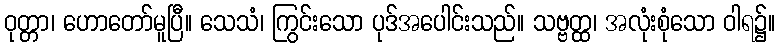
ဝုတ္တာ၊ ဟောတော်မူပြီ။ သေသံ၊ ကြွင်းသော ပုဒ်အပေါင်းသည်။ သဗ္ဗတ္ထ၊ အလုံးစုံသော ဝါရ၌။